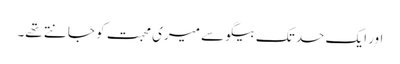
اور ایک حد تک بیگو سے میری محبت کو جانتے تھے۔